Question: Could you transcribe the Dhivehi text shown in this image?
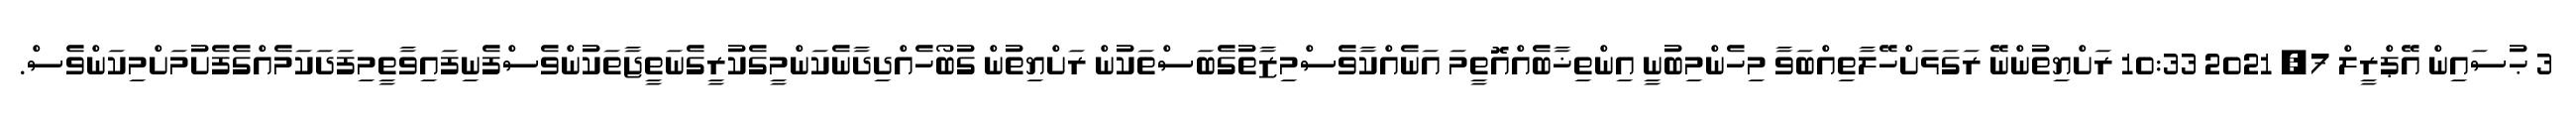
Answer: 3 ޙުސައިން އޭޕްރީލް 7, 2021 10:33 ރަށްޔިތުންނޭ ރަގަޅަށްހޭލާތިއްބަވާ މިހެންމިބުނީ އިންތިޚާބެއްއޮތީމަ އަނެއްކާވެސްމިޒާތުގެބަސްތަކުން ރަށްޔިތުން ގުބޯހެއްދިދާނެކަންމީގެކުރީގެނަތީޖާތަކުންވެސްފެނިފައިވާތީމިފަދަކަމެއްގެފެށުމަށްމިކަންވެސް.